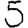
Digit: 5